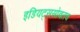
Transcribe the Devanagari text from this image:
इडियट्ससोबतच